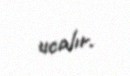
ucalır.